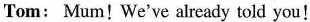
Tom: Mum! We've already told you!